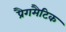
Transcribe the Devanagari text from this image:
प्रैगमैटिक